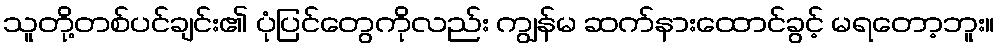
သူတို့တစ်ပင်ချင်း၏ ပုံပြင်တွေကိုလည်း ကျွန်မ ဆက်နားထောင်ခွင့် မရတော့ဘူး။